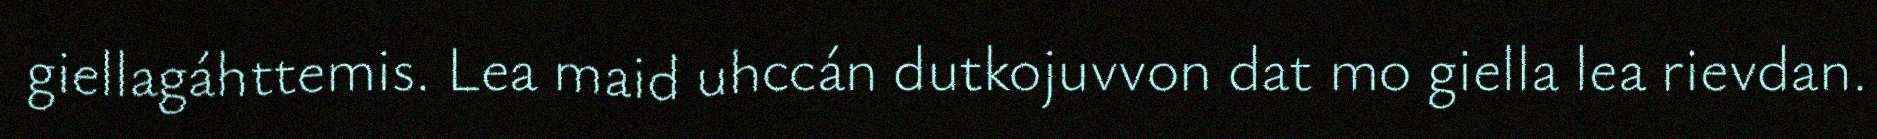
giellagáhttemis. Lea maid uhccán dutkojuvvon dat mo giella lea rievdan.